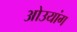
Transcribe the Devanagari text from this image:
ओउयांग